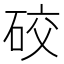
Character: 䂭